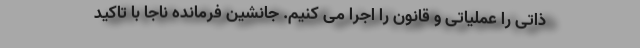
ذاتی را عملیاتی و قانون را اجرا می کنیم. جانشین فرمانده ناجا با تاکید